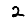
Digit: 2